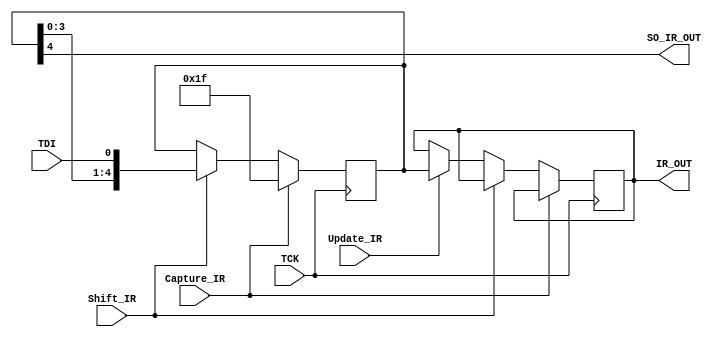
module INSTRUCTION_REGISTER(
Update_IR,
Capture_IR,
Shift_IR,
TDI,
SO_IR_OUT,
IR_OUT,
TCK);

parameter IR_LENGTH = 5;

input Update_IR, Capture_IR, Shift_IR;
input TDI, TCK;
output SO_IR_OUT;
  output [IR_LENGTH-1 : 0] IR_OUT;

reg [IR_LENGTH-1 : 0] shift_reg, update_reg;

always @ (posedge TCK)
	begin
		if (Capture_IR)
			shift_reg <= {IR_LENGTH{1'b1}};
		else if (Shift_IR)
			shift_reg <= {shift_reg[IR_LENGTH-2 : 0], TDI};
		else if (Update_IR)
			update_reg <= shift_reg;
		end

assign SO_IR_OUT = shift_reg[IR_LENGTH-1];
assign IR_OUT = update_reg;

endmodule